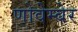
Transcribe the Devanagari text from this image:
णोवेम्बेर